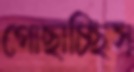
গোছাচ্ছিস